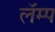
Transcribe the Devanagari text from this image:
लॅम्प